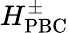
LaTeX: H_{\mathrm{PBC}}^{\pm}